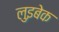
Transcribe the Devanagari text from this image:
लुइबेक